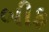
બીફ